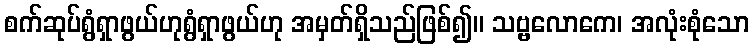
စက်ဆုပ်ရွံရှာဖွယ်ဟုရွံရှာဖွယ်ဟု အမှတ်ရှိသည်ဖြစ်၍။ သဗ္ဗလောကေ၊ အလုံးစုံသော